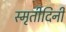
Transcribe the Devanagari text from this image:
स्मृतीदिनी